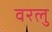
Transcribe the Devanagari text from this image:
वरलु